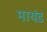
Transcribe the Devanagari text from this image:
मायंड